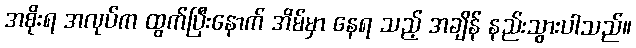
အစိုးရ အလုပ်က ထွက်ပြီးနောက် အိမ်မှာ နေရ သည့် အချိန် နည်းသွားပါသည်။